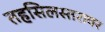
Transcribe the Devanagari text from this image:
तहसिलस्तरावर